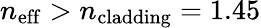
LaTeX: n_{\mathrm{eff}}>n_{\mathrm{cladding}}=1.45